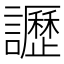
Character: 讈